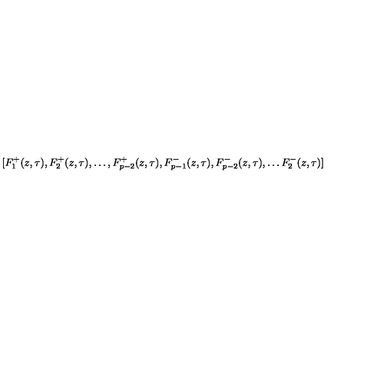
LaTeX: [ F _ { 1 } ^ { + } ( z , \tau ) , F _ { 2 } ^ { + } ( z , \tau ) , \ldots , F _ { p - 2 } ^ { + } ( z , \tau ) , F _ { p - 1 } ^ { - } ( z , \tau ) , F _ { p - 2 } ^ { - } ( z , \tau ) , \ldots F _ { 2 } ^ { - } ( z , \tau ) ]